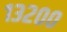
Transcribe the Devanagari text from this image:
१३२००